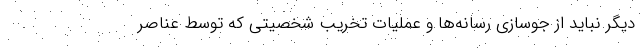
دیگر نباید از جوسازی رسانه‌ها و عملیات تخریب شخصیتی که توسط عناصر